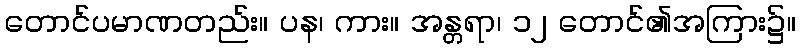
တောင်ပမာဏတည်း။ ပန၊ ကား။ အန္တရာ၊ ၁၂ တောင်၏အကြား၌။